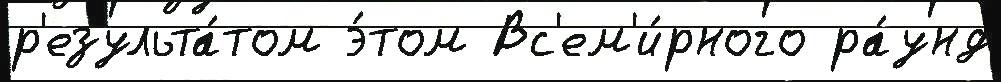
р'езульта́том э́том Вс'ем'и́рного ра́унд